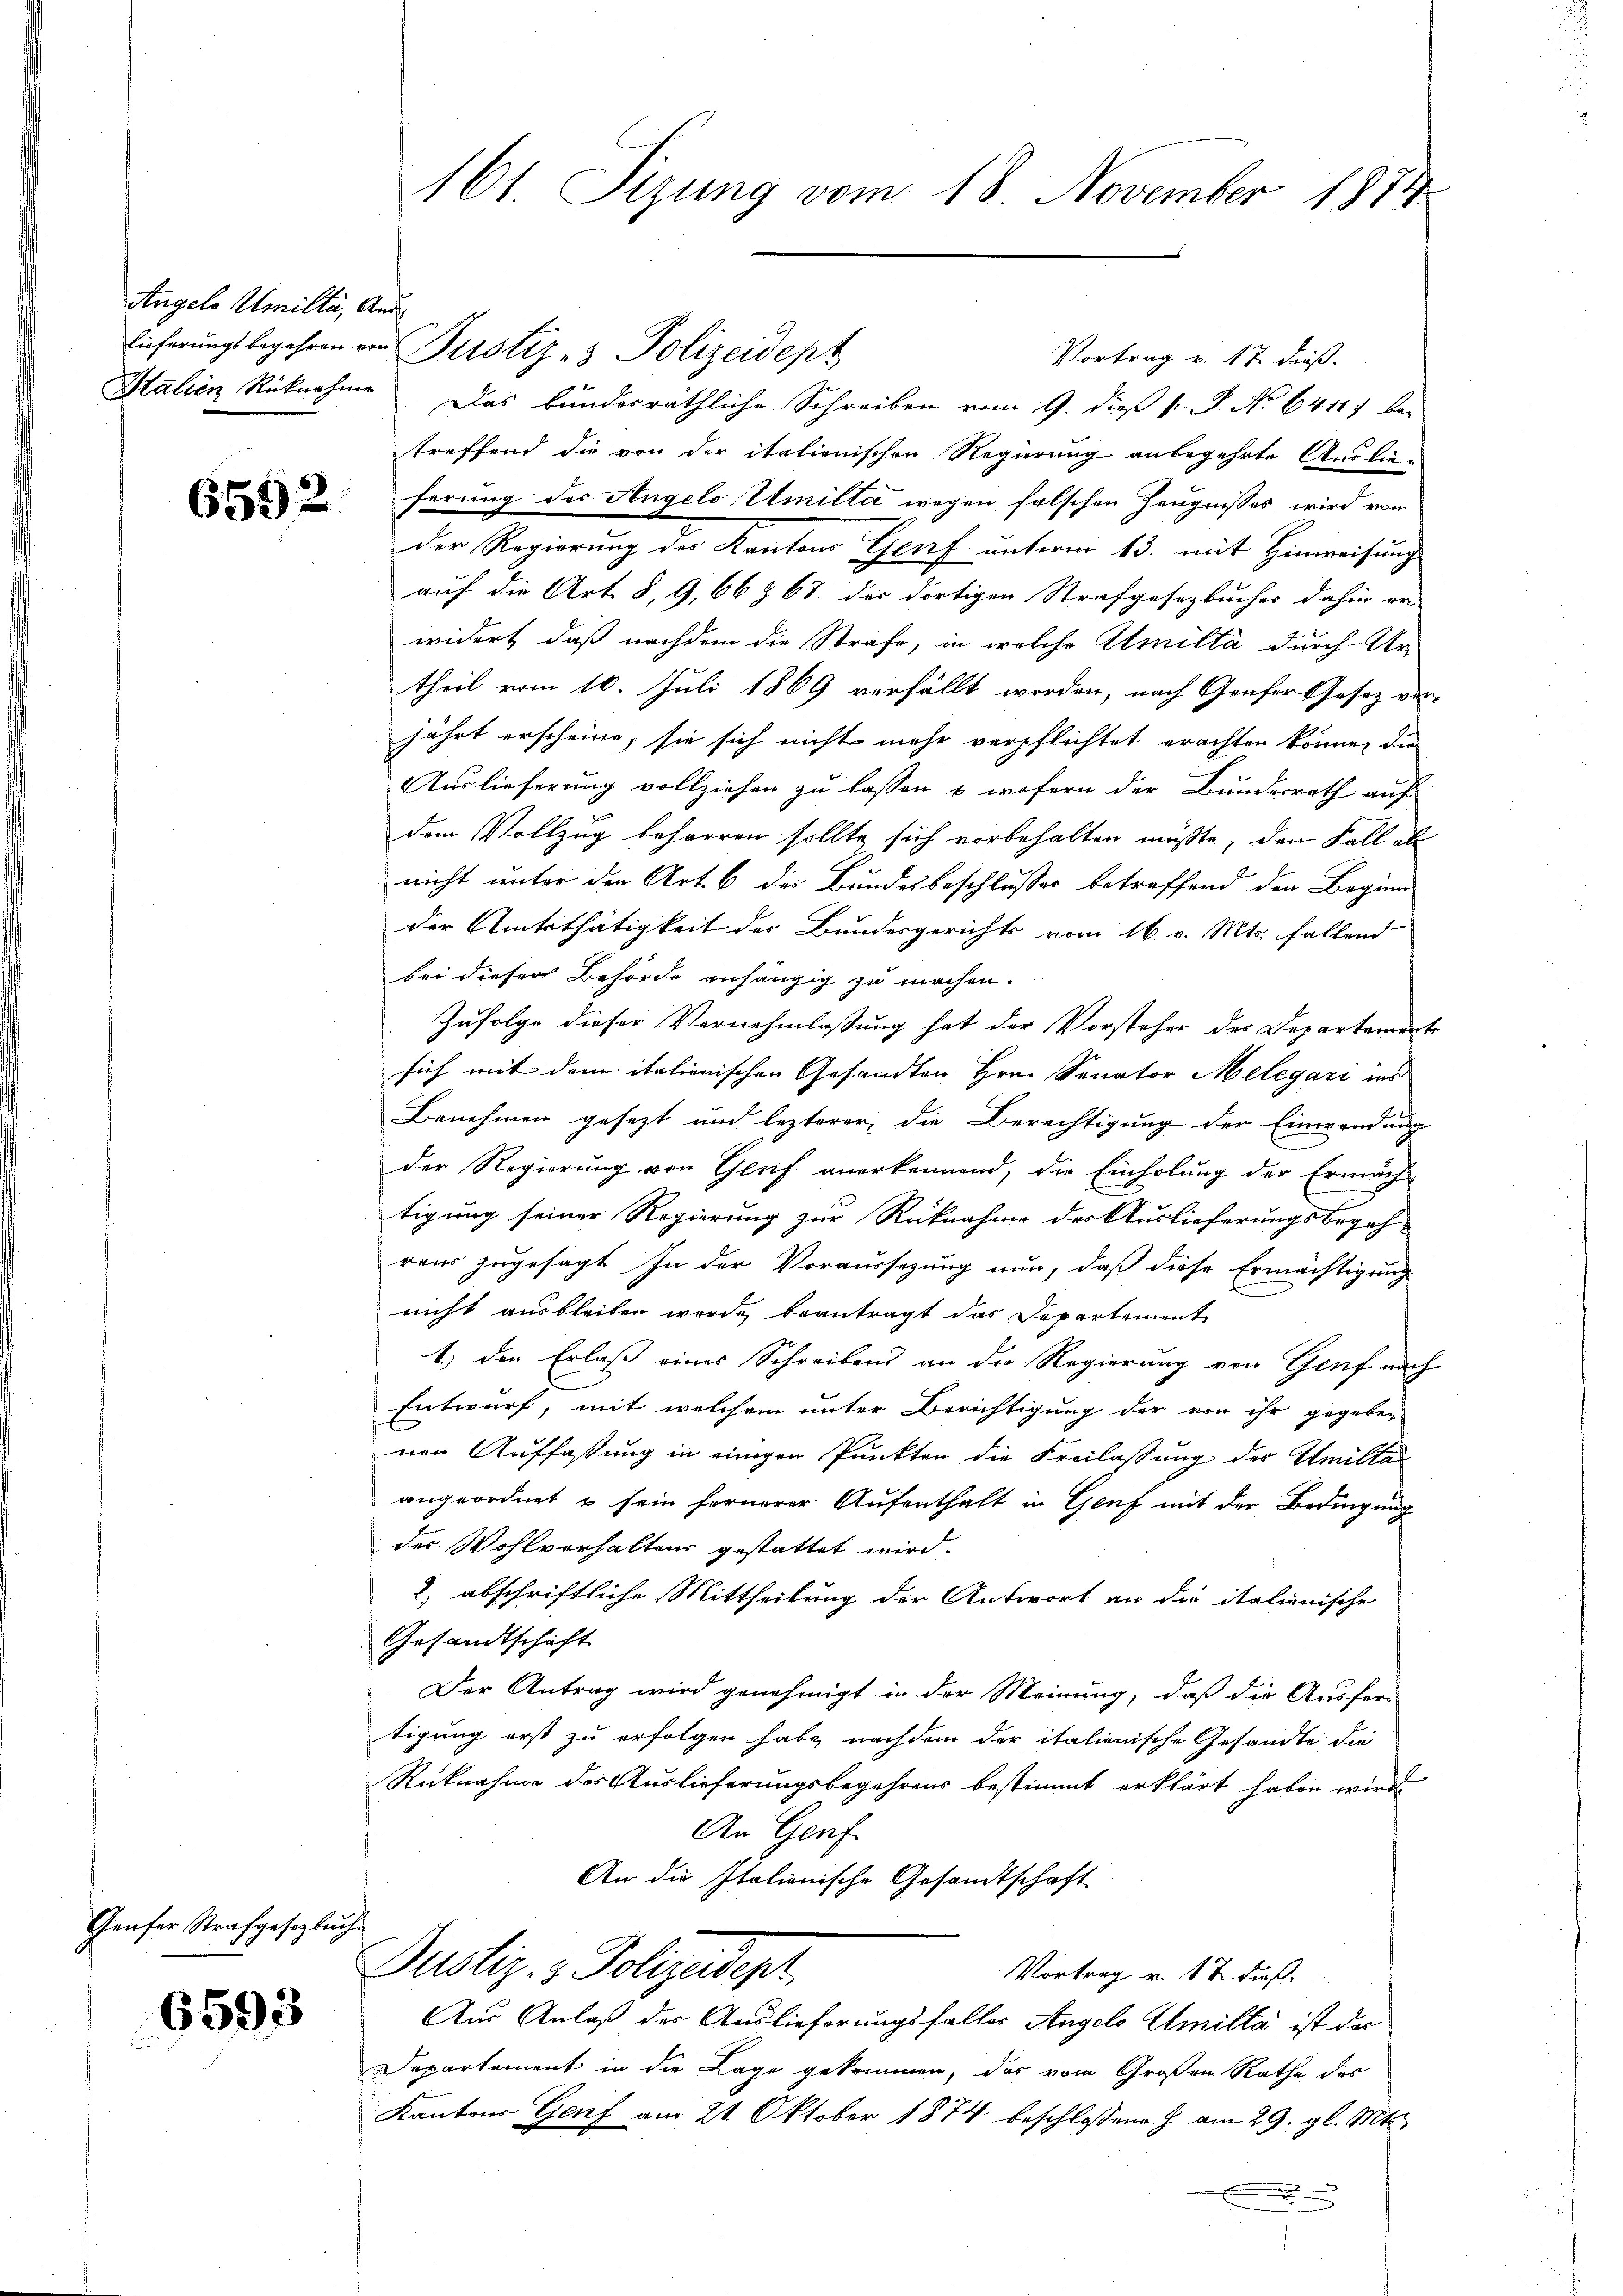
Angels Umille, Aus¬
Italien Rücknahme

6592

Genfer Strafgesetzbuche

6593

161 Sizung vom 18. November 1874

Lieferungsbegehren von Pustiz- & Polizeidept
Vortrag v. 17. dieß.
Das bundesräthliche Schreiben vom 9. dieß P. P. No 64117 bei
treffend die von der italienischen Regierung anbegehrte Auslie-
ferung des Angelo Umilla wegen falschen Zeugnisses wird von
der Regierung des Kantons Genf unterm 13. mit Hinweisung
auf die Art. 8, 9,66 § 67 der dortigen Strafgesezbuches dahin er-
widert, daß nachdem die Strafe, in welche Emilta durch Ur-
theil vom 10. Juli 1869 verfällt worden, nach Grafer Gesetz ver-
jährt erscheine, sie sich nicht mehr verpflichtet erachten könne, die
Auslieferung vollziehen zu lassen & wofern der Bundesrath auf
dem Vollzug beharren sollte sich vorbehalten müßte, den Fall ab
nicht unter den Art. 6 des Bundesbeschlusses betreffend den Beginn
der Amtsthätigkeit der Bundesgerichts vom 16. v. Mts. fallend
bei dieser Behörde anhängig zu machen.
Zufolge dieser Vernehmlassung hat der Vorsteher der Departament
sich mit dem italienischen Gesandten Hrn. Senator Melegari ins
Benehmen gesezt und lezterer die Berechtigung der Einwendung
der Regierung von Gluf anerkennend, die Einholung der Ermäch-
tigung seiner Regierung zur Rücknahme der Auslieferungsbegeh-
rens zugesagt In der Voraussezung nun, daß diese Ermächtigung
nicht ausbleiben werde beantragt das Departement
1.) den Erlaß eines Schreibens an die Regierung von Genf nach
Entwurf, mit welchem unter Berichtigung der von ihr gegeben
nen Auffassung in einigen Punkten die Freilassung der Umitta
angeordnet u sein fernerer Aufenthalt in Genf mit der Bedingung
der Wohlverhaltens gestattet wird.
2) abschriftliche Mittheilung der Antwort an die italienische
Gesandtschaft
Der Antrag wird genehmigt in der Meinung, daß die Ausfer-
tigung erst zu erfolgen habe, nachdem der italienische Gesandte die
Rüknahme des Auslieferungsbegehrens bestimmt erklärt haben wird
An Genf
An die Italienische Gesandtschaft
Pustiz- & Polizeidept,
Vortrag v. 12. Fuß
Aus Anlaß der Auslieferungsfaller Angelo Umilla ist der
Departement in die Lage gekommen, das vom Großen Rathe des
Kantons Genf am 21. Oktober 1874 beschlossene H. am 29. gl. Mts.
.
3